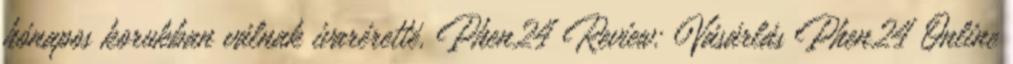
hónapos korukban válnak ivaréretté. Phen24 Review: Vásárlás Phen24 Online